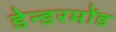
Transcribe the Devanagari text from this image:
डेन्डरमोंड